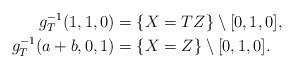
LaTeX: \begin{align*}g_T^{-1}(1,1,0) &= \{X=TZ\} \setminus [0,1,0],\\g_T^{-1}(a+b,0,1) &= \{X=Z\} \setminus [0,1,0].\end{align*}